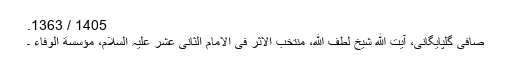
1405 / 1363.
صافی گلپایگانی، آیت الله شیخ لطف اللّه، منتخب الاثر فی الامام الثانی عشر علیہ السلام، مؤسسة الوفاء ۔